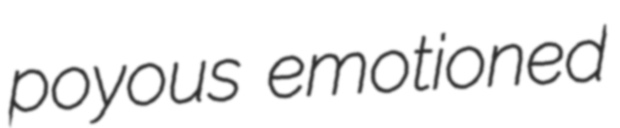
poyous emotioned